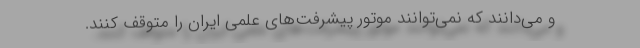
و می‌دانند که نمی‌توانند موتور پیشرفت‌های علمی ایران را متوقف کنند.